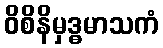
ဝိစိနိမှဒ္ဓမာသကံ